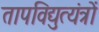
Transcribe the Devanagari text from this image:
तापविद्युत्यंत्रों